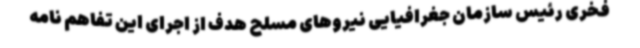
فخری رئیس سازمان جغرافیایی نیروهای مسلح هدف از اجرای این تفاهم نامه